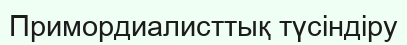
Примордиалисттық түсіндіру